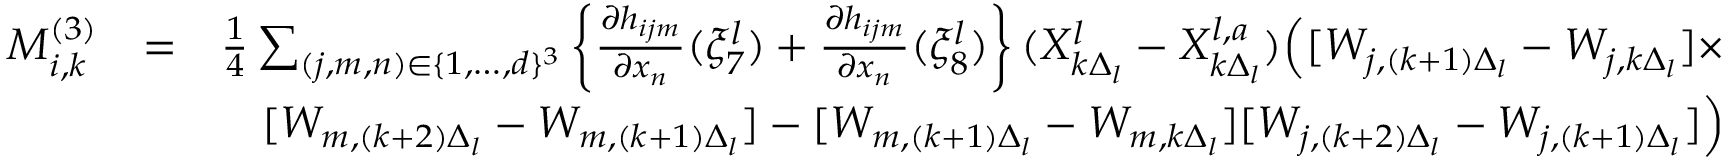
\begin{array} { r l r } { M _ { i , k } ^ { ( 3 ) } } & { = } & { \frac { 1 } { 4 } \sum _ { ( j , m , n ) \in \{ 1 , \dots , d \} ^ { 3 } } \left\{ \frac { \partial h _ { i j m } } { \partial x _ { n } } ( \xi _ { 7 } ^ { l } ) + \frac { \partial h _ { i j m } } { \partial x _ { n } } ( \xi _ { 8 } ^ { l } ) \right\} ( X _ { k \Delta _ { l } } ^ { l } - X _ { k \Delta _ { l } } ^ { l , a } ) \Big ( [ W _ { j , ( k + 1 ) \Delta _ { l } } - W _ { j , k \Delta _ { l } } ] \times } \\ & { } & { [ W _ { m , ( k + 2 ) \Delta _ { l } } - W _ { m , ( k + 1 ) \Delta _ { l } } ] - [ W _ { m , ( k + 1 ) \Delta _ { l } } - W _ { m , k \Delta _ { l } } ] [ W _ { j , ( k + 2 ) \Delta _ { l } } - W _ { j , ( k + 1 ) \Delta _ { l } } ] \Big ) } \end{array}